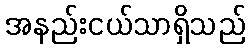
အနည်းငယ်သာရှိသည်